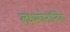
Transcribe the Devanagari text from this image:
लक्ष्मणेनान्वितो